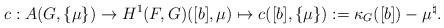
LaTeX: \begin{align*} c:A(G, \{\mu\})\rightarrow H^1(F,G)([b],\mu)\mapsto c([b], \{\mu\}):=\kappa_G([b])-\mu^\natural . \end{align*}